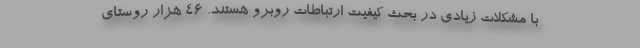
با مشکلات زیادی در بحث کیفیت ارتباطات روبرو هستند. ۴۶ هزار روستای